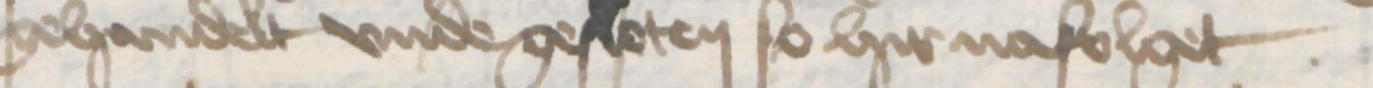
gehandelt vnde gesloten so hier nafolget